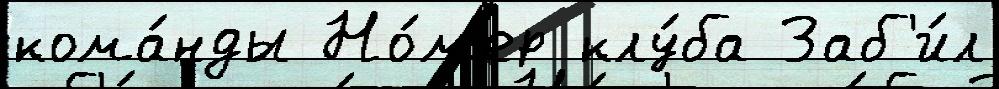
кома́нды Но́м'ер клу́ба Заб'и́л